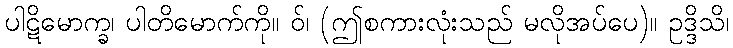
ပါဋိမောက္ခ၊ ပါတိမောက်ကို။ ဝ်၊ (ဤစကားလုံးသည် မလိုအပ်ပေ)။ ဥဒ္ဒိသိ၊